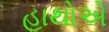
હાથોએ